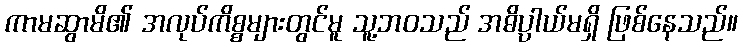
ကာမဆွာမိ၏ အလုပ်ကိစ္စများတွင်မူ သူ့ဘဝသည် အဓိပ္ပါယ်မရှိ ဖြစ်နေသည်။